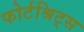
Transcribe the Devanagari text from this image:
फोर्टश्रिट्स